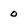
Character: 0